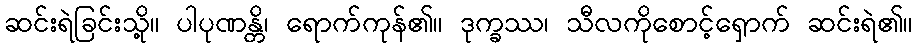
ဆင်းရဲခြင်းသို့။ ပါပုဏန္တိ၊ ရောက်ကုန်၏။ ဒုက္ခဿ၊ သီလကိုစောင့်ရှောက် ဆင်းရဲ၏။